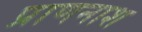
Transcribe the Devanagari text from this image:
प्राणनाश